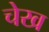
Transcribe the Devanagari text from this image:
चेख